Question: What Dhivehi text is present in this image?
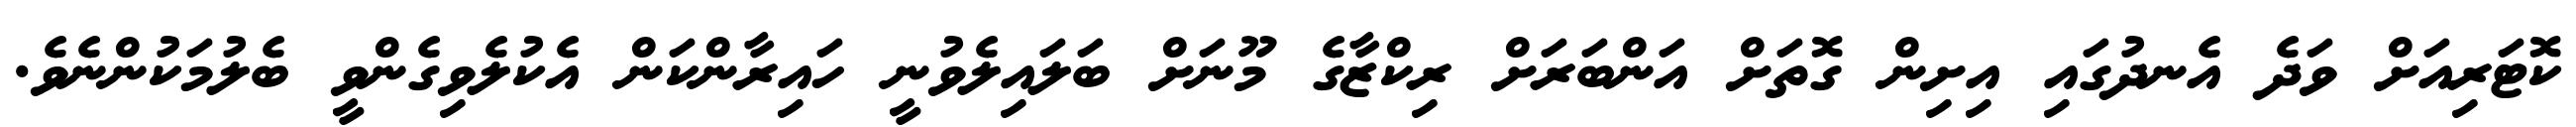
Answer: ކޮޓަރިއަށް ވަދެ އެނދުގައި އިށިން ގޮތަށް އަންބަރަށް ރިކްޒާގެ މޫނަށް ބަލައިލެވުނީ ހައިރާންކަން އެކުލެވިގެންވީ ބެލުމަކުންނެވެ.